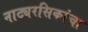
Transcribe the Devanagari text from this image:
नाट्यरसिकांचा